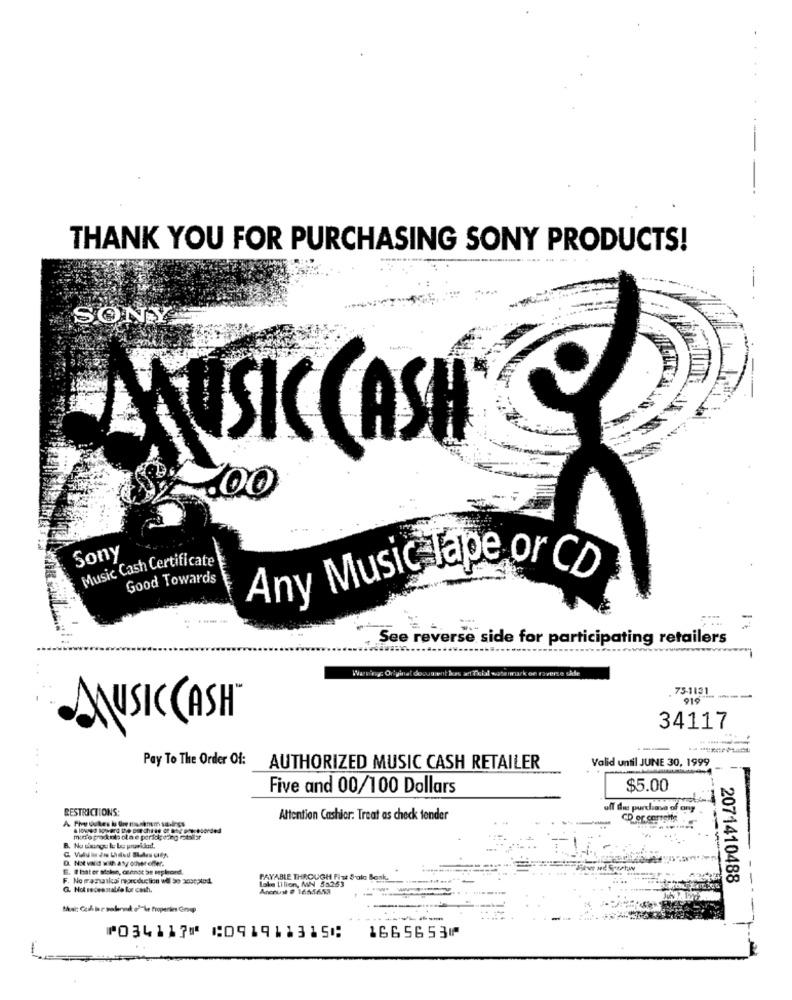
THANK YOU FOR PURCHASING SONY PRODUCTS!
SONY
--
ALUSKC CASH
¥ .00
Sony
Music Cash Certificate
Good Towards
Any Music lape or CD
=
See reverse side for participating retailers
Wwwing Or'yinat document burs at Thial watermark on roverse side
75-1191
916
MUSICCASH
34117
Pay To The Order Of:
AUTHORIZED MUSIC CASH RETAILER
Valid until JUNE 30, 1999
Five and 00/100 Dollars
$5.00
RESTRICTIONS:
off die purchase of ony
Attention Cashier: Treat as check fender
CD or corrente
D. Not vad with aty odwroffer.
E. I hat er saken, const be mylord.
F. No magaskai man duction wil be 3490;ted
PAYABLE THROUGH Fist Solo Bank,
Loke lilion, MN 55253
2071410488
G. Nok redesnabio for cash.
Ancrust # 1665653
that: Cash keukend o"be Properties Group
⑈034117⑈ ⑆091911315⑆
1665653⑈